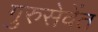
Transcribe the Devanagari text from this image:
गुरुसेवेंत